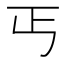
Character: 丐